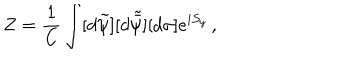
Z = \frac { 1 } { \mathrm { C } } \int [ d \tilde { \psi } ] [ d \tilde { \bar { \psi } } ] [ d \sigma ] e ^ { i S _ { y } } \, ,